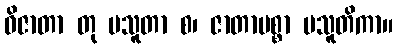
ဝိဇာတာ တု ပသူတာ စ၊ ဇာတာပစ္စာ ပသူတိကာ။